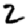
Digit: 2